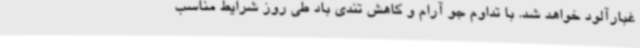
غبارآلود خواهد شد. با تداوم جو آرام و کاهش تندی باد طی روز شرایط مناسب